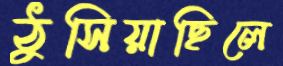
ঠুসিয়াছিলে